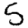
Digit: 5